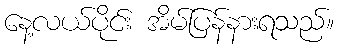
နေ့လယ်ပိုင်း အိမ်ပြန်နားရသည်။